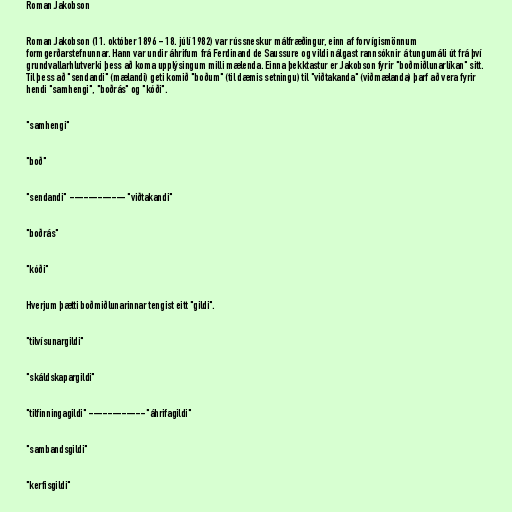
Roman Jakobson

Roman Jakobson (11. október 1896 - 18. júlí 1982) var rússneskur málfræðingur, einn af forvígismönnum
formgerðarstefnunnar. Hann var undir áhrifum frá Ferdinand de Saussure og vildi nálgast rannsóknir á tungumáli út frá því
grundvallarhlutverki þess að koma upplýsingum milli mælenda. Einna þekktastur er Jakobson fyrir "boðmiðlunarlíkan" sitt.
Til þess að "sendandi" (mælandi) geti komið "boðum" (til dæmis setningu) til "viðtakanda" (viðmælanda) þarf að vera fyrir
hendi "samhengi", "boðrás" og "kóði".

"samhengi"

"boð"

"sendandi" ------------ "viðtakandi"

"boðrás"

"kóði"

Hverjum þætti boðmiðlunarinnar tengist eitt "gildi".

"tilvísunargildi"

"skáldskapargildi"

"tilfinningagildi" ------------ "áhrifagildi"

"sambandsgildi"

"kerfisgildi"